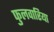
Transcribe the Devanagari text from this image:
फुलवारिया